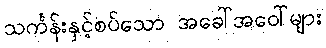
သင်္ကန်းနှင့်စပ်သော အခေါ်အဝေါ်များ